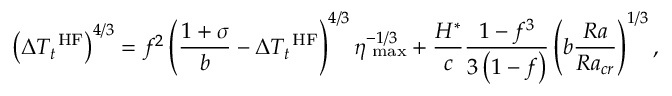
\left( \Delta T _ { t } ^ { \mathrm { \scriptsize ~ H F } } \right) ^ { 4 / 3 } = f ^ { 2 } \left( \frac { 1 + \sigma } { b } - \Delta T _ { t } ^ { \mathrm { \scriptsize ~ H F } } \right) ^ { 4 / 3 } \eta _ { \mathrm { \scriptsize ~ m a x } } ^ { - 1 / 3 } + \frac { H ^ { * } } { c } \frac { 1 - f ^ { 3 } } { 3 \left( 1 - f \right) } \left( b \frac { R a } { R a _ { c r } } \right) ^ { 1 / 3 } ,